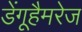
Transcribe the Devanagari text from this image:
डेंगूहैमरेज